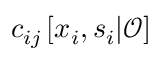
c _ { i j } \left[ \boldsymbol { x } _ { i } , \boldsymbol { s } _ { i } | \boldsymbol { \mathcal { O } } \right]